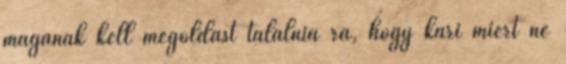
magának kell megoldást találnia rá, hogy kari miért ne